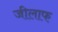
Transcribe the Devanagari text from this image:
जीलाफ